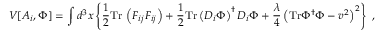
V [ A _ { i } , \Phi ] = \int d ^ { 3 } x \left\{ \frac { 1 } { 2 } \mathrm { T r } \, \left( F _ { i j } F _ { i j } \right) + \frac { 1 } { 2 } \mathrm { T r } \left( D _ { i } \Phi \right) ^ { \dagger } D _ { i } \Phi + \frac { \lambda } { 4 } \left( \mathrm { T r } \Phi ^ { \dagger } \Phi - v ^ { 2 } \right) ^ { 2 } \right\} \ ,